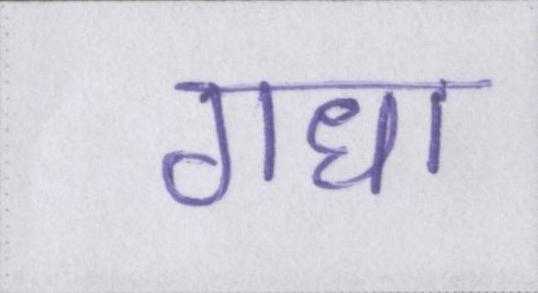
गधा